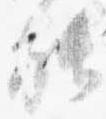
能